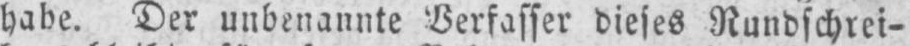
habe. Der unbenannte Verfasser dieses Rundschrei-